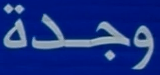
وجدة